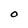
Character: O